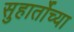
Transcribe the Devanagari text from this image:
सुहार्तोच्या